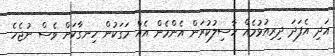
އަދި އެފަދަ ދިރިއުޅުމެއް ހާސިލުކުރަން އެންމެން އެއް މަގަކުން ހިނގާކަށް ވެސް ނުޖެހެ